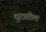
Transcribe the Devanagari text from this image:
धुरातील